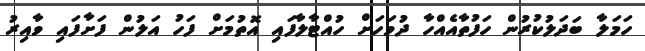
ހަމަލާ ބަދަލުކުރުން ހަފުތާއެއްހާ ދުވަހަށް ހުއްޓާލާފައި އޮތުމަށް ފަހު އަލުން ފަށާފައި ވާއިރު